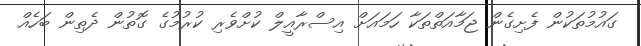
ގައުމުތަކުން ފެށިގެން ޖަމާއަތްތަކާ ހަމައަށް އިސްރާއީލް ކުށްވެރި ކުރުމުގެ ގޮތުން ދެތިން ބަހެއް